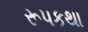
રૂપકથા